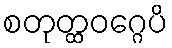
စတုတ္ထဝဂ္ဂေပိ